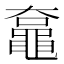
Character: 𪓡